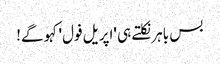
بس باہر نکلتے ہی 'اپریل فول' کہو گے!